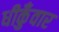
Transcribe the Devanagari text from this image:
धीकुँवार